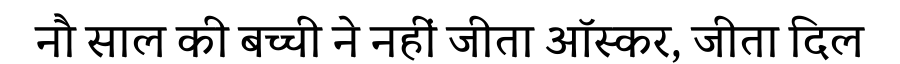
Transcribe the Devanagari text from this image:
नौ साल की बच्ची ने नहीं जीता ऑस्कर, जीता दिल